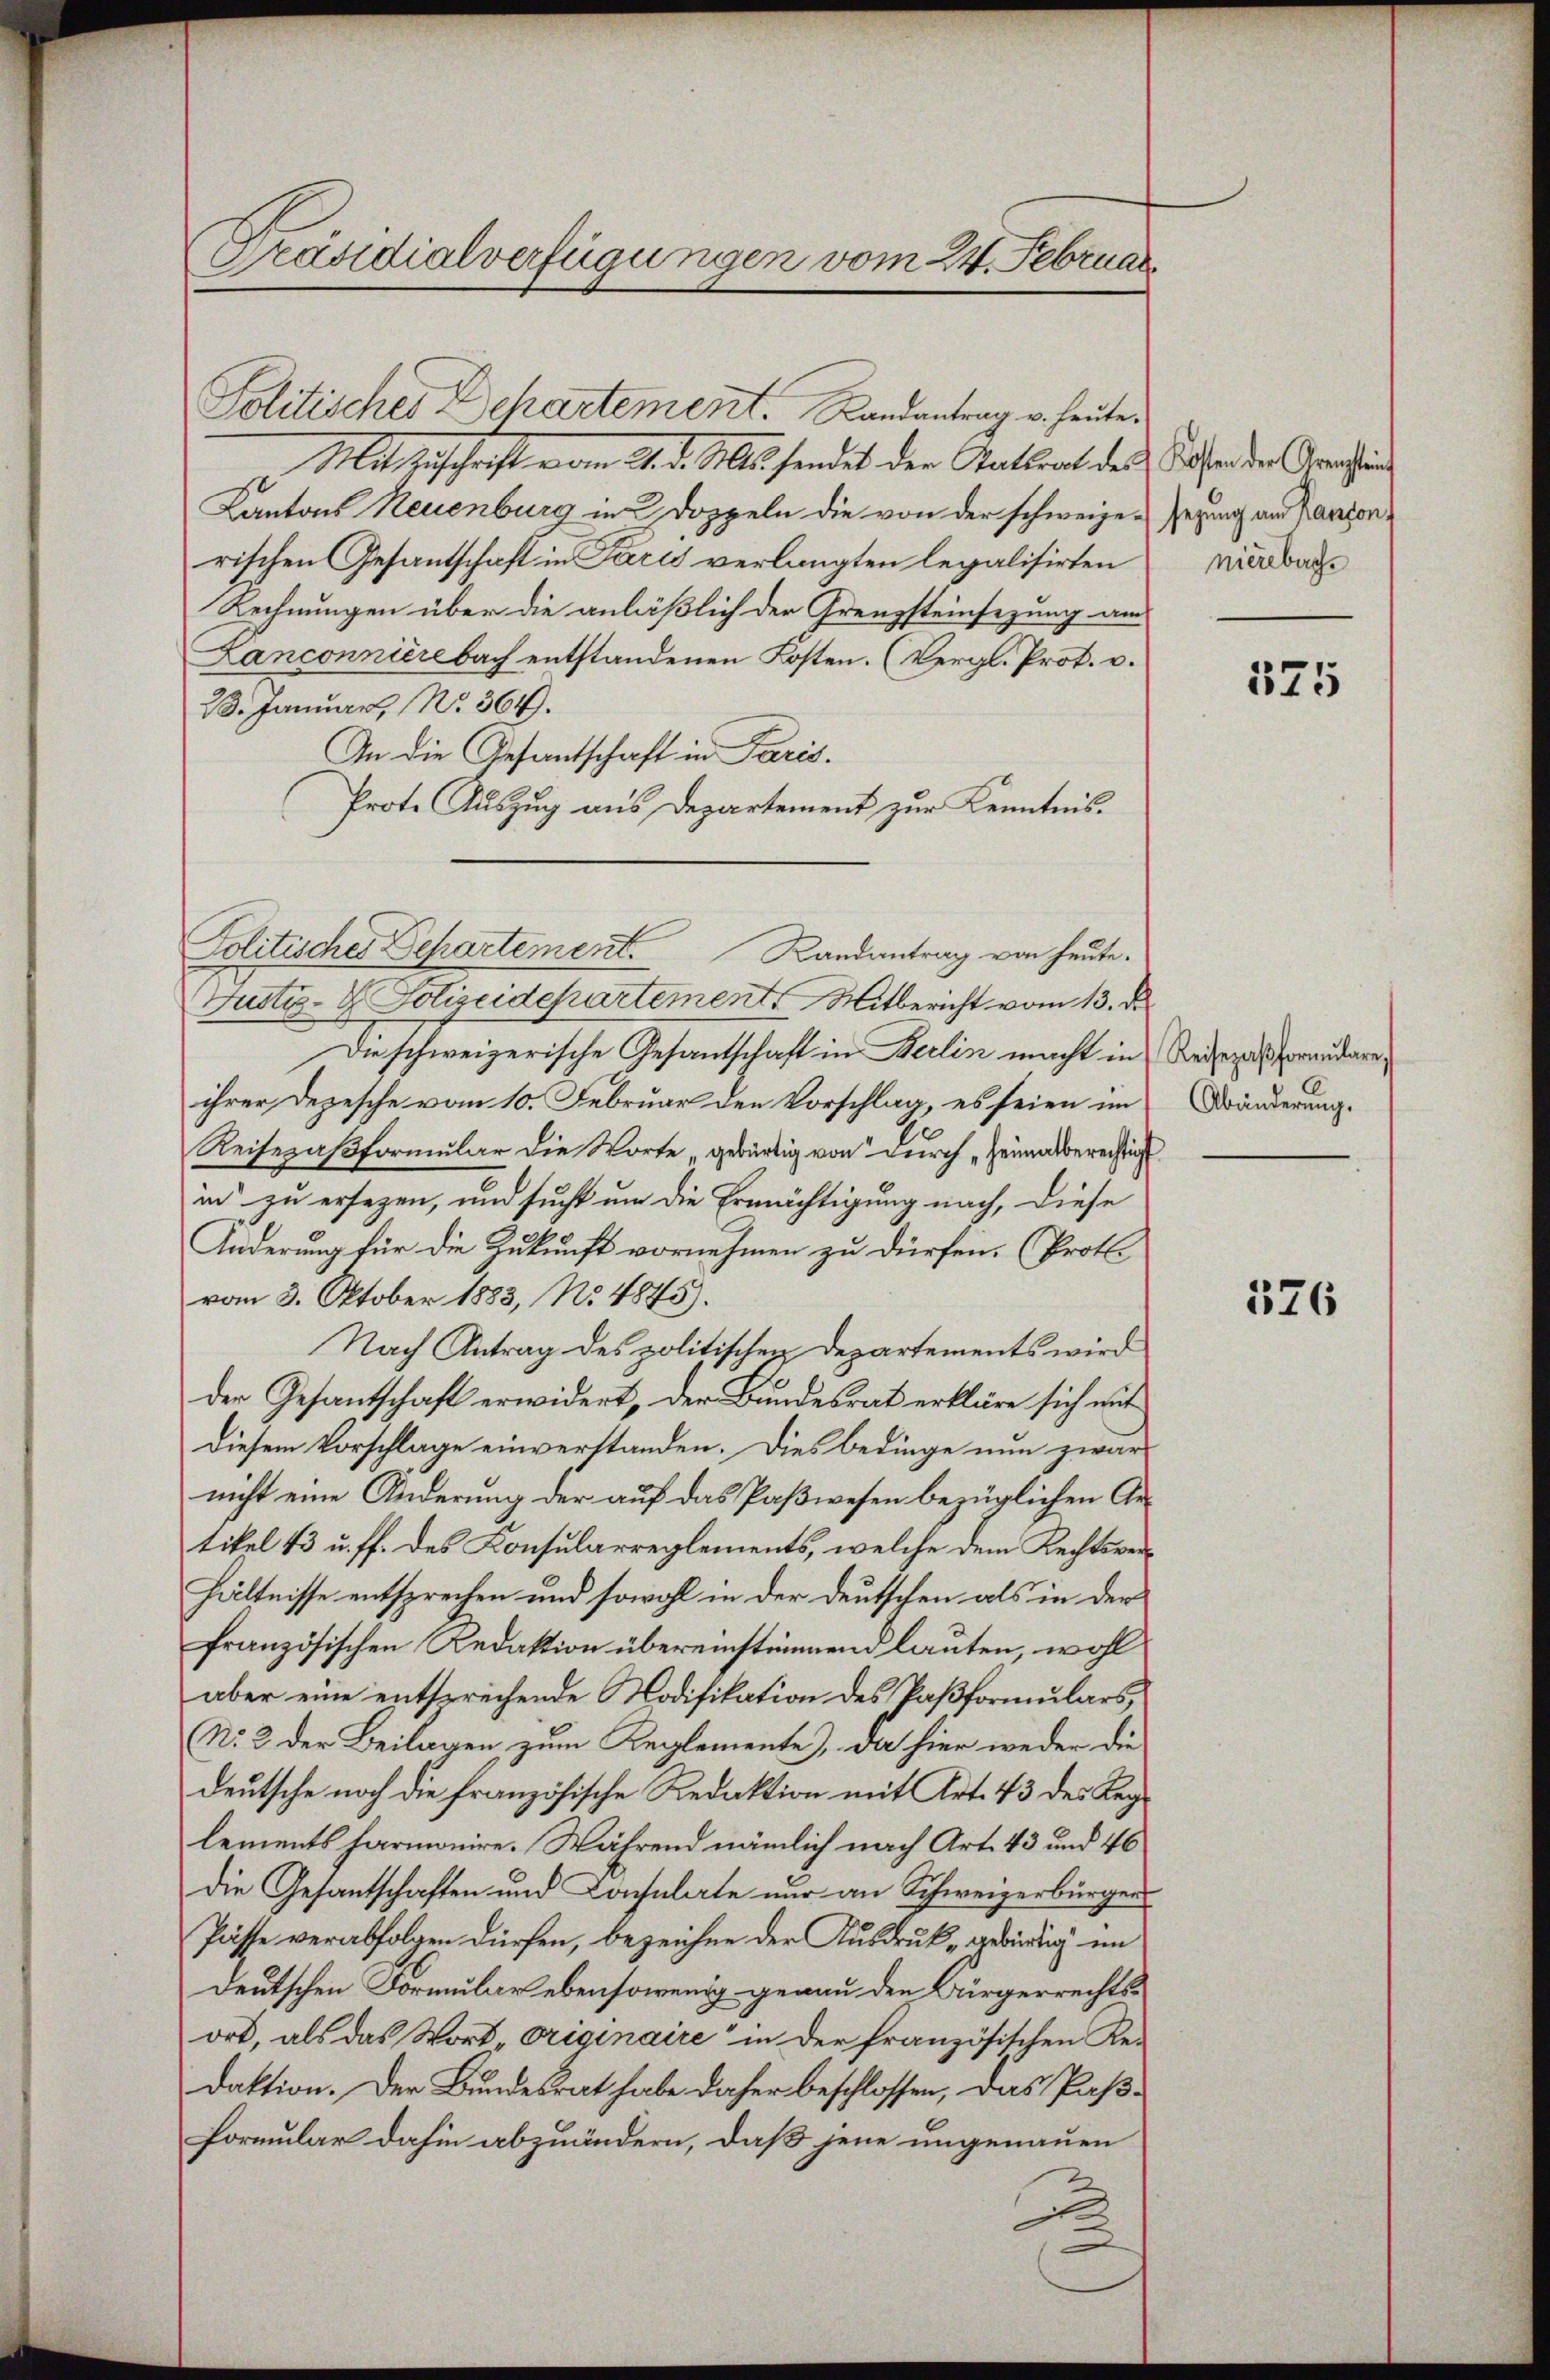
Präsidialverfügungen vom 24. Februar.

Mit Zuschrift vom 21. d. Mts. sendet der Statsrat des Sofern der Grashin
Kantons Neuenburg in Doppeln die von der schweize-
rischen Gesantschaft in Paris verlangten legalisirten
Rechnungen über die anläßlich der Grenzsteinsezung am
Lanconnierebach entstandenen Kosten. (Vergl. Prot. v.
28. Januar, No. 364.
In die Gesantschaft in Paris.
Prote Auszug aus Departement zur Kenntnis.
Justiz- & Polizeidepartemente Mitbericht vom 13. d.
Die schweizerische Gesantschaft in Berlin macht in
ihrer Depesche vom 10. Februar den Vorschlag, es seien im
Reisepaßformular die Worte gewärtig von durch „Heimatsberechtig
in zu ersezen, und sucht um die Ermächtigung nach, diese
Änderung für die Zukunft vornehmen zu dürfen. (Proto
vom 3. Oktober 1883, No 4845).
Nach Antrag des politischen Departements wird
der Gesantschaft erwidert, der Bundesrat erkläre sich mit
diesem Vorschlage einverstanden. Dies bedinge nun zwar
nicht eine Änderung der auf das Paßwesen bezüglichen Getikel 13 u. ff. des Konsularreglements, welche dem Rechtsverhältnisse entsprechen und sowohl in der Deutschen als in der
französischen Redaktion übereinstimmend lauten, wohl
aber eine entsprechende Modifikation des Paßformulars,
N. 2 der Beilagen zum Reglemente), da hier weder die
deutsche noch die französische Redaktion mit Art. 43 des Reglements harmonire. Während nämlich nach Art. 43 und 46
die Gesantschaften und Consulate nur an Schweizerbürger
Pässe verabfolgen dürfen, bezeichne der Ausdruck, gebürtig im
deutschen Formular ebensowenig genau den Bürgerrechtsort, als das Wort „Originaire“ in der französischen Re-
daktion. Der Bundesrat habe daher beschlossen, das Paß¬
Formular dahin abzuändern, daß jene ungenauen

Politisches Departement. Landantrag v. heute

Politisches Departement. Landantrag von heute.

sezung am Kanton
nierebach

375

Reisepaβformŭlare,
Abänderung.

326